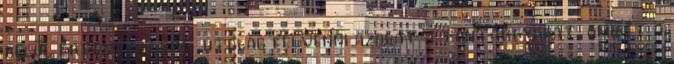
belül érdemes előre utólag felvenni azokat a tantárgyakat, amiket a